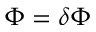
\Phi = \delta \Phi